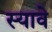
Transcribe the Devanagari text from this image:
स्यावे